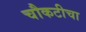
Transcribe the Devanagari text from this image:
चौकटीचा